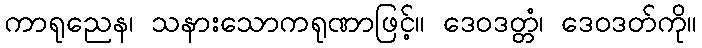
ကာရုညေန၊ သနားသောကရုဏာဖြင့်။ ဒေဝဒတ္တံ၊ ဒေဝဒတ်ကို။